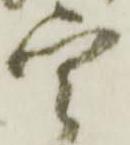
宇